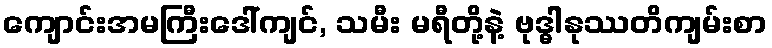
ကျောင်းအမကြီးဒေါ်ကျင်, သမီး မရီတို့နဲ့ ဗုဒ္ဓါနုဿတိကျမ်းစာ